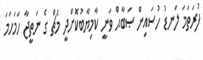
ފުރަތަމަ ލަނޑު ހުސައިން ޞަބާޙް ވަނީ ކާމިޔާބުކޮށްދީ މެޗް ގެ ނަތީޖާ ހަމަހަމަ